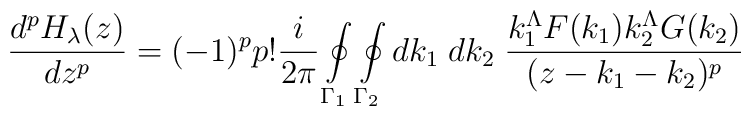
\frac {d^pH_{\lambda}(z)} {dz^p}=(-1)^p p!\frac {i} {2\pi}\oint\limits_{{\Gamma}_1}                                               \oint\limits_{{\Gamma}_2} dk_1\;dk_2 \;\frac {k_1^{\Lambda} F(k_1) k_2^{\Lambda} G(k_2)}{(z-k_1-k_2)^p}